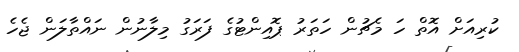
ކުރިއަށް އޮތް ހަ މެޗުން ހަތަރު ޕޮއިންޓުގެ ފަރަގު މިލާނުން ނައްތާލަން ޖެހެ